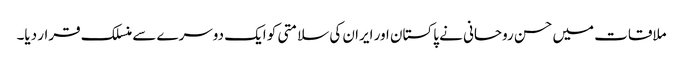
ملاقات میں حسن روحانی نے پاکستان اور ایران کی سلامتی کو ایک دوسرے سے منسلک قرار دیا۔